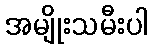
အမျိုးသမီးပါ